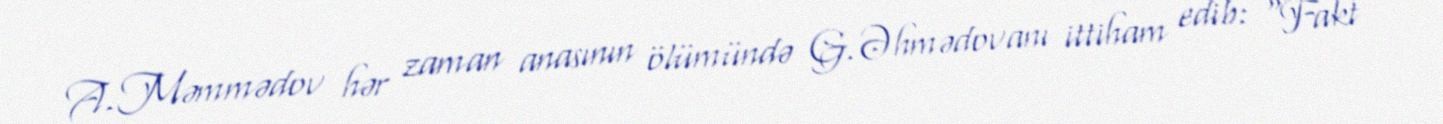
A.Məmmədov hər zaman anasının ölümündə G.Əhmədovanı ittiham edib: “Fakt